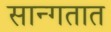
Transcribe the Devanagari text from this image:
सान्गतात